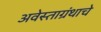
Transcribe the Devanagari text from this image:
अवेस्ताग्रंथाचे